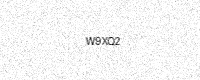
Text: W9XQ2